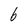
Character: 6